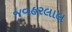
જવહરલાલ